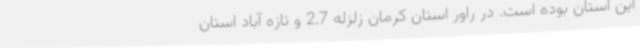
این استان بوده است. در راور استان کرمان زلزله 2.7 و تازه آباد استان